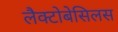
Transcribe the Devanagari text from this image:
लैक्टोबेसिलस